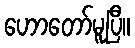
ဟောတော်မူပြီ။